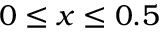
0 \le x \le 0 . 5